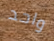
واحد